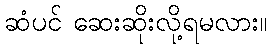
ဆံပင် ဆေးဆိုးလို့ရမလား။